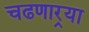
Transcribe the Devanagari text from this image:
चढणार्‍या